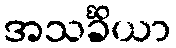
အသင်္ခိယာ